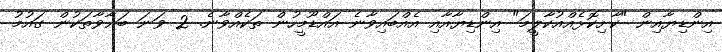
އިންޑިޔާއިން "ކާށިކޮޅެއްއުކާލީމަ" އިންޑިޔާއާއި އެއްބައިވާނެ އައްޑޫމީހުން ތަކެއްވާނެ. 2 ވަނަ ބަޣާވާތަކުން ގައުމު